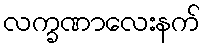
လက္ခဏာလေးနက်